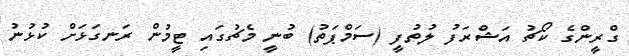
ގްރީންގެ ކޯޗު އަޝްރަފު ލުތުފީ (ސަމްޕަތު) ބުނީ މެޗުގައި ޓީމުން ރަނގަޅަށް ކުޅުނު